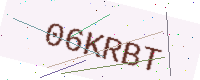
Text: 06KRBT